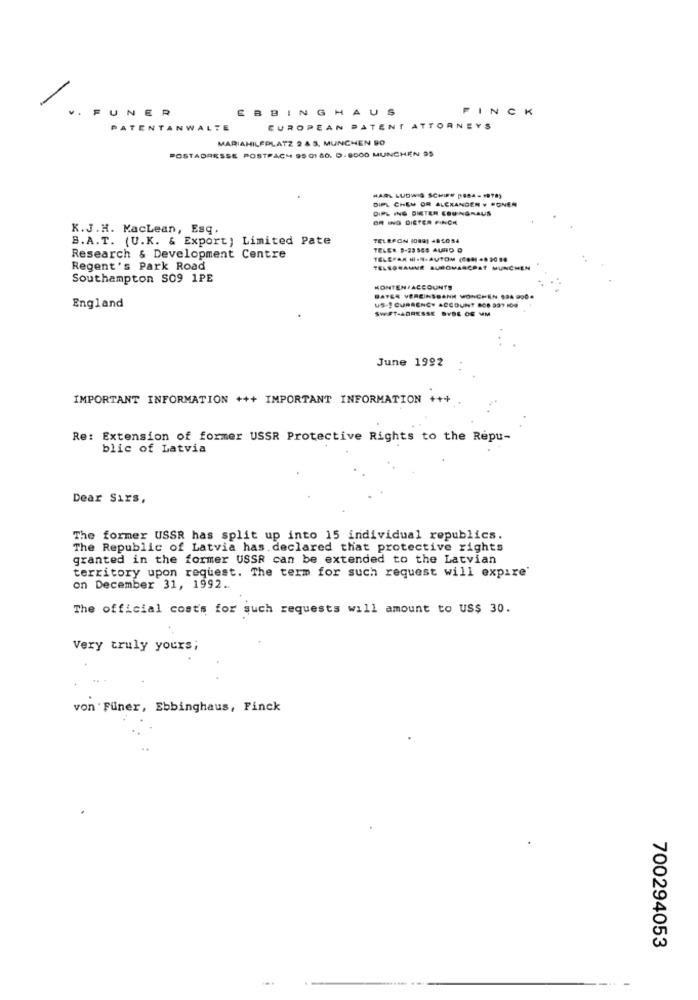
UNER
EBBINGHAUS
FINCK
PATENTANWALTE
EUROPEAN PATENT ATTORNEYS
MARIAHILEPLATZ 2 4 3. MUNCHEN BO
POSTADRESSE POSTRACY 95 01 80. D. 8000 MUNCHEN 95
HARL LUDWIG SCHIFF DOBA - 1978)
DIPL CHEM OR ALEXANDER Y PONER
DIPL ING DIETER COUNGRAUS
OR ING DIETER FINCH
K.J.H. KacLean, Esq.
B.A.T. (U.K. & Export) Limited Pate
TELEFON (0891 485054
TELER B-23 548 AURO O
Research & Development Centre
TELEPAR SHIIN-AUTOM (CON) 4.2018
Regent's Park Road
TELSOSAMME BUROMARÇOAT MUNCHEN
Southampton S09 1PE
KONTEN/ACCOUNTS
BAYER VEREINSBANK MONCHEN $24 9004
England
US -! CURRENCY ACCOUNT 808 999 10
SWET-ADRESSE BYSE OG MM
June 1992
IMPORTANT INFORMATION +++ IMPORTANT INFORMATION +++
Re: Extension of former USSR Protective Rights to the Repu-
blic of Latvia
Dear Sirs,
The former USSR has split up into 15 individual republics.
The Republic of Latvia has declared that protective rights
granted in the former USSR can be extended to the Latvian
territory upon request. The term for such request will expire'
on December 31, 1992.
The official costs for such requests will amount to US$ 30.
Very truly yours;
von Funer, Ebbinghaus, Finck
700294053